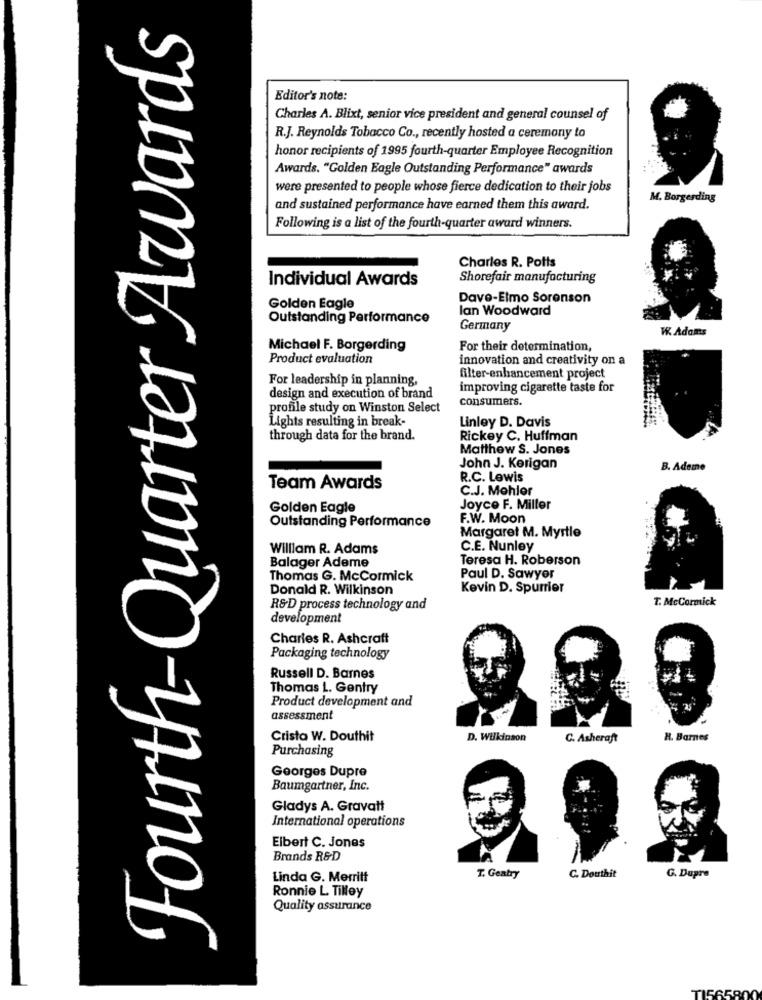
Fourth-Quarter Awards
Editor's note:
Charles A. Blixt, senior vice president and general counsel of
R.J. Reynolds Tobacco Co ., recently hosted a ceremony to
honor recipients of 1995 fourth-quarter Employee Recognition
Awards. "Golden Eagle Outstanding Performance" awards
were presented to people whose fierce dedication to their jobs
M. Borgerding
and sustained performance have earned them this award.
Following is a list of the fourth-quarter award winners.
Charles R. Potts
Individual Awards
Shorefair manufacturing
Dave-Elmo Sorenson
Golden Eagle
lan Woodward
Outstanding Performance
Germany
W. Adams
Michael F. Borgerding
For their determination,
Product evaluation
innovation and creativity on a
For leadership in planning,
filter-enhancement project
improving cigarette taste for
design and execution of brand
consumers.
profile study on Winston Select
Lights resulting in break-
Linley D. Davis
through data for the brand.
Rickey C. Huffman
Matthew S. Jones
John J. Kerigan
B. Ademe
R.C. Lewis
Team Awards
C.J. Mohlor
Golden Eagle
Joyce F. Miller
Outstanding Performance
F.W. Moon
Margaret M. Myrtle
William R. Adams
C.E. Nunley
Teresa H. Roberson
Balager Ademe
Thomas G. McCormick
Paul D. Sawyer
Donald R. Wilkinson
Kevin D. Spurrier
T. McCormick
R&D process technology and
development
Charles R. Ashcraft
Packaging technology
Russell D. Barnes
Thomas L. Gentry
Product development and
assessment
Crista W. Douthit
D. Wilkinson
C. Asheraft
H. Barnes
Purchasing
Georges Dupre
Baumgartner, Inc.
Gladys A. Gravatt
International operations
Elbert C. Jones
Brands R&D
Linda G. Merritt
T. Geatry
C. Douthit
G. Dupre
Ronnie L. Tilley
Quality assurance